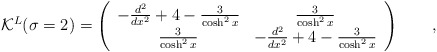
\begin{align*}{\cal K}^L(\sigma=2)= \left( \begin{array}{cc}-\frac{d^2}{dx^2}+4-\frac{3}{\cosh^2x} & \frac{3}{\cosh^2x}\\\frac{3}{\cosh^2x} &-\frac{d^2}{dx^2}+4-\frac{3}{\cosh^2x}\end{array} \right)\qquad ,\end{align*}